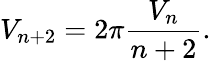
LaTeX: V_{n+2}=2\pi{\frac{V_{n}}{n+2}}.